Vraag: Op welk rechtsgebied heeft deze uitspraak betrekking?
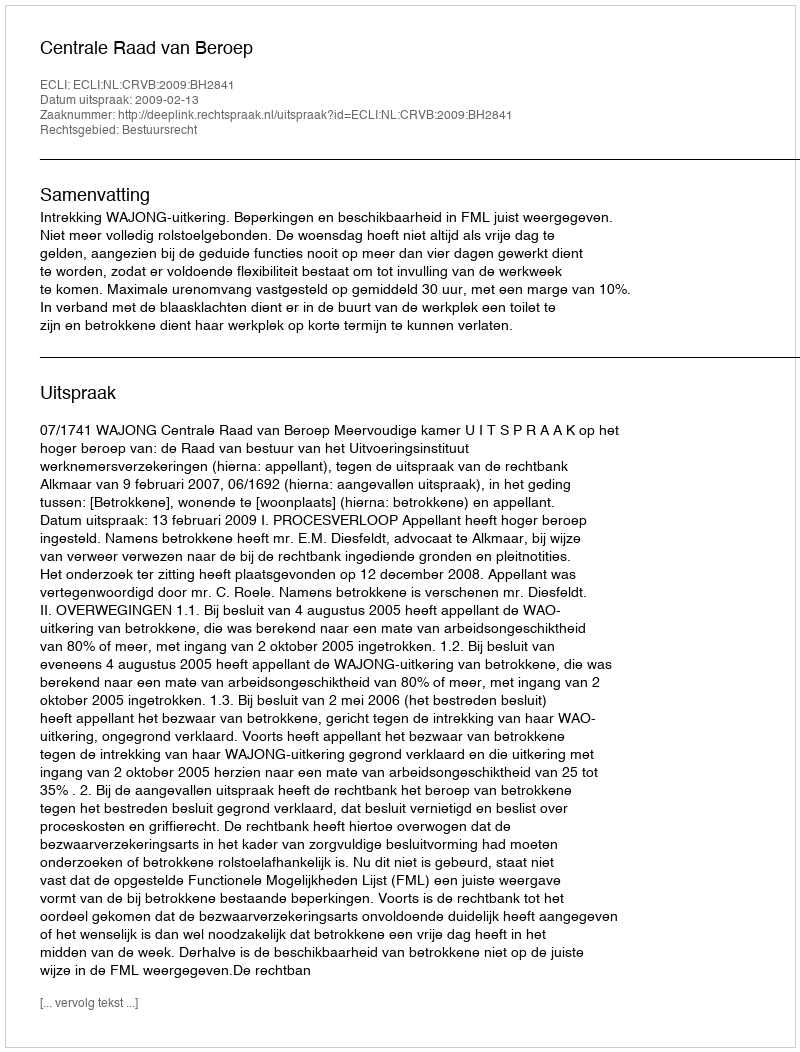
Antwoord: Bestuursrecht